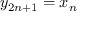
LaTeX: y _ { 2 n + 1 } = x _ { n }